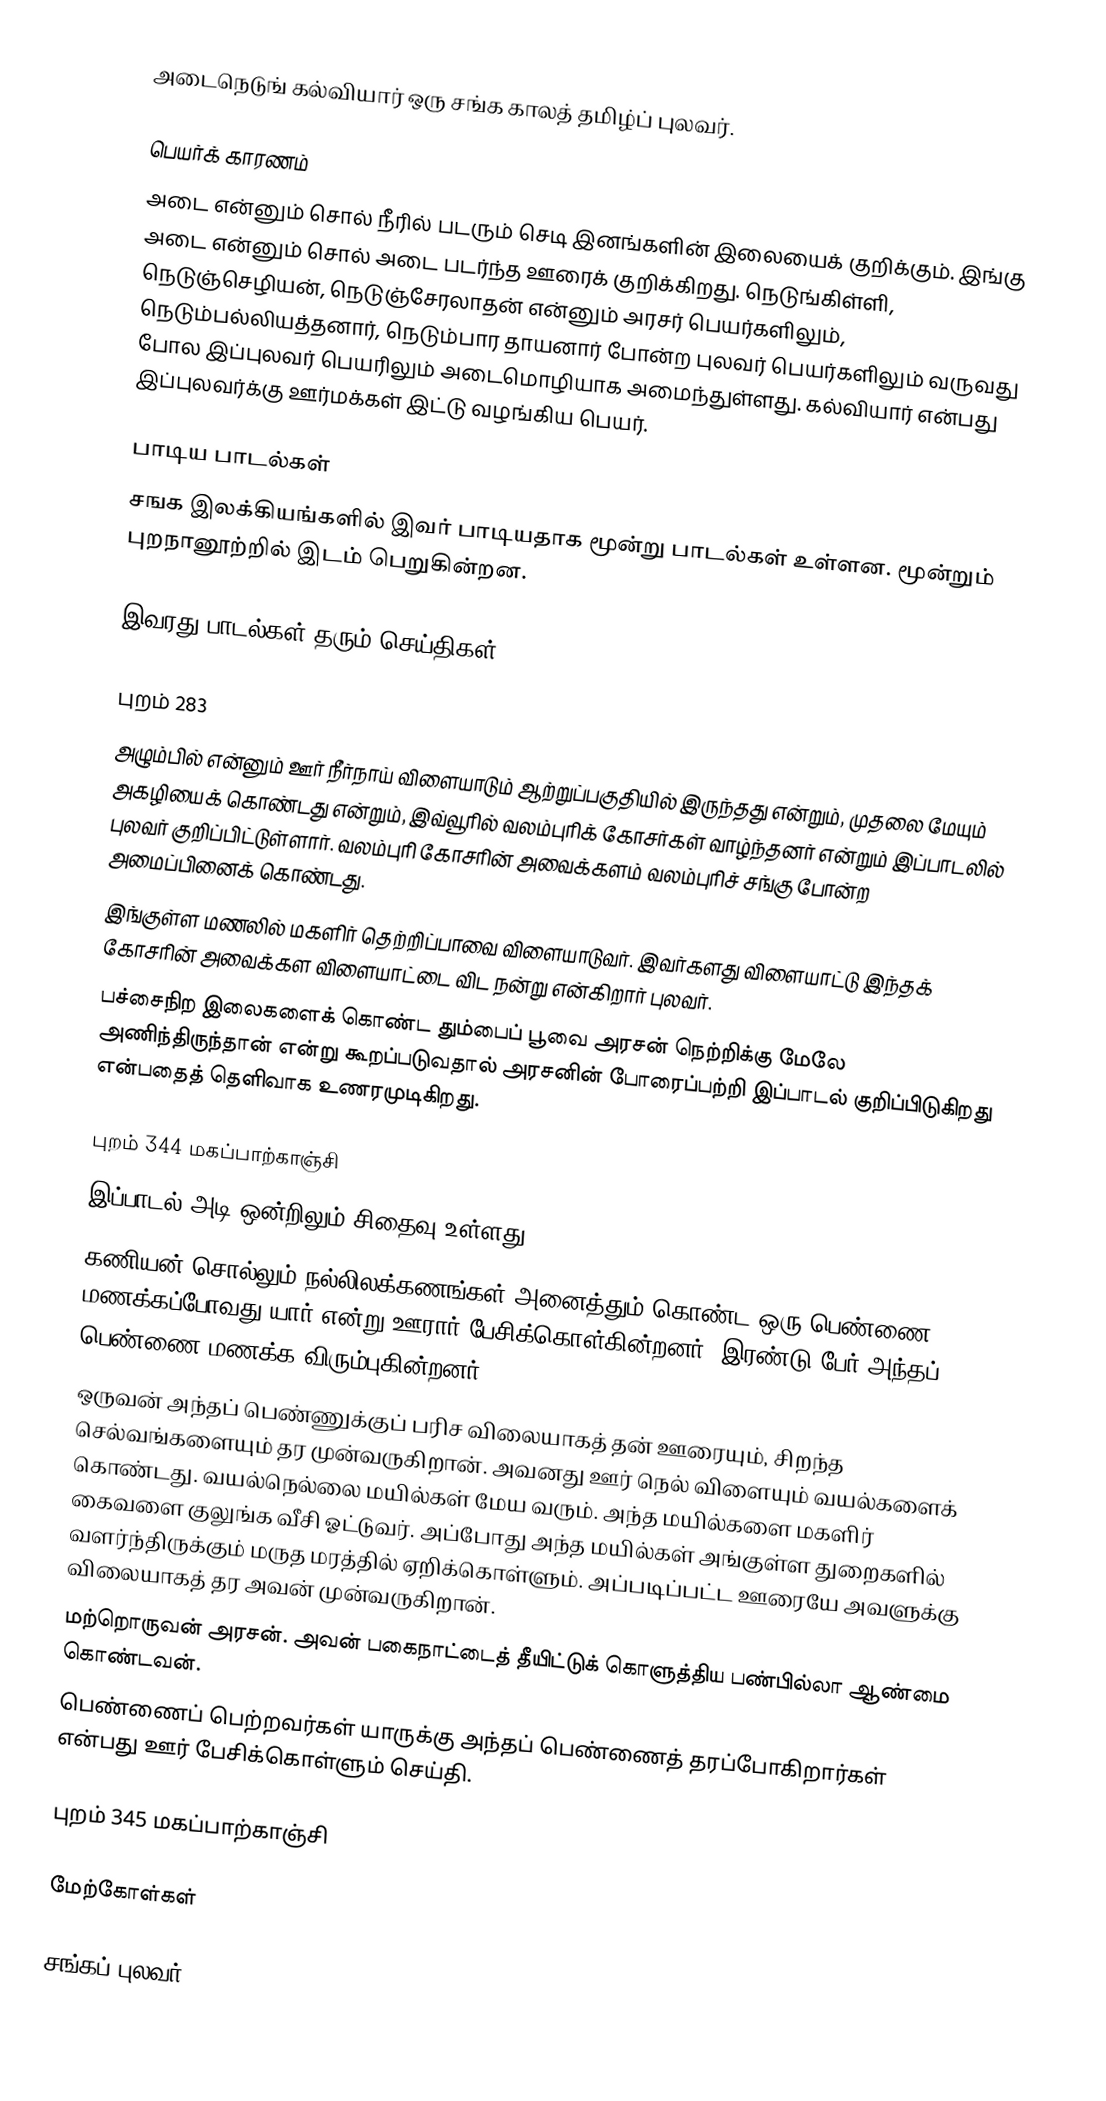
அடைநெடுங் கல்வியார் ஒரு சங்க காலத் தமிழ்ப் புலவர்.

பெயர்க் காரணம்
அடை என்னும் சொல் நீரில் படரும் செடி இனங்களின் இலையைக் குறிக்கும். இங்கு அடை என்னும் சொல் அடை படர்ந்த ஊரைக் குறிக்கிறது. நெடுங்கிள்ளி, நெடுஞ்செழியன், நெடுஞ்சேரலாதன் என்னும் அரசர் பெயர்களிலும், நெடும்பல்லியத்தனார், நெடும்பார தாயனார் போன்ற புலவர் பெயர்களிலும் வருவது போல இப்புலவர் பெயரிலும் அடைமொழியாக அமைந்துள்ளது. கல்வியார் என்பது இப்புலவர்க்கு ஊர்மக்கள் இட்டு வழங்கிய பெயர்.

பாடிய பாடல்கள்
சஙக இலக்கியங்களில் இவர் பாடியதாக மூன்று பாடல்கள் உள்ளன. மூன்றும் புறநானூற்றில் இடம் பெறுகின்றன.

இவரது பாடல்கள் தரும் செய்திகள்:

புறம் 283
அழும்பில் என்னும் ஊர் நீர்நாய் விளையாடும் ஆற்றுப்பகுதியில் இருந்தது என்றும், முதலை மேயும் அகழியைக் கொண்டது என்றும், இவ்வூரில் வலம்புரிக் கோசர்கள் வாழ்ந்தனர் என்றும் இப்பாடலில் புலவர் குறிப்பிட்டுள்ளார். வலம்புரி கோசரின் அவைக்களம் வலம்புரிச் சங்கு போன்ற அமைப்பினைக் கொண்டது.
இங்குள்ள மணலில் மகளிர் தெற்றிப்பாவை விளையாடுவர். இவர்களது விளையாட்டு இந்தக் கோசரின் அவைக்கள விளையாட்டை விட நன்று என்கிறார் புலவர்.
பச்சைநிற இலைகளைக் கொண்ட தும்பைப் பூவை அரசன் நெற்றிக்கு மேலே அணிந்திருந்தான் என்று கூறப்படுவதால் அரசனின் போரைப்பற்றி இப்பாடல் குறிப்பிடுகிறது என்பதைத் தெளிவாக உணரமுடிகிறது.

புறம் 344 மகப்பாற்காஞ்சி
இப்பாடல் அடி ஒன்றிலும் சிதைவு உள்ளது.
கணியன் சொல்லும் நல்லிலக்கணங்கள் அனைத்தும் கொண்ட ஒரு பெண்ணை மணக்கப்போவது யார் என்று ஊரார் பேசிக்கொள்கின்றனர். இரண்டு பேர் அந்தப் பெண்ணை மணக்க விரும்புகின்றனர்.
ஒருவன் அந்தப் பெண்ணுக்குப் பரிச விலையாகத் தன் ஊரையும், சிறந்த செல்வங்களையும் தர முன்வருகிறான். அவனது ஊர் நெல் விளையும் வயல்களைக் கொண்டது. வயல்நெல்லை மயில்கள் மேய வரும். அந்த மயில்களை மகளிர் கைவளை குலுங்க வீசி ஓட்டுவர். அப்போது அந்த மயில்கள் அங்குள்ள துறைகளில் வளர்ந்திருக்கும் மருத மரத்தில் ஏறிக்கொள்ளும். அப்படிப்பட்ட ஊரையே அவளுக்கு விலையாகத் தர அவன் முன்வருகிறான்.
மற்றொருவன் அரசன். அவன் பகைநாட்டைத் தீயிட்டுக் கொளுத்திய பண்பில்லா ஆண்மை கொண்டவன்.
பெண்ணைப் பெற்றவர்கள் யாருக்கு அந்தப் பெண்ணைத் தரப்போகிறார்கள் என்பது ஊர் பேசிக்கொள்ளும் செய்தி.

புறம் 345 மகப்பாற்காஞ்சி

மேற்கோள்கள்

சங்கப் புலவர்